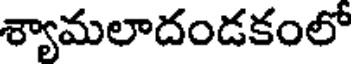
శ్యామలాదండకంలో